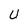
Character: U